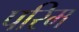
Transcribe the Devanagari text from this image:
परिम